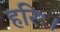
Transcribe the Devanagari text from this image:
हरिः।